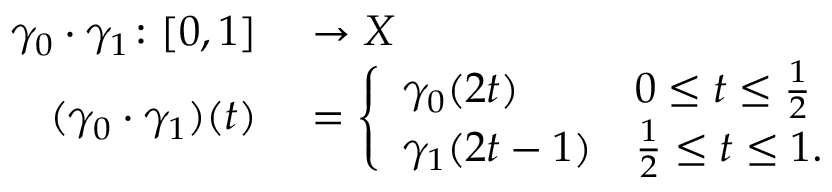
\begin{array} { r l } { \gamma _ { 0 } \cdot \gamma _ { 1 } \colon [ 0 , 1 ] } & { { } \to X } \\ { ( \gamma _ { 0 } \cdot \gamma _ { 1 } ) ( t ) } & { { } = { \left\{ \begin{array} { l l } { \gamma _ { 0 } ( 2 t ) } & { 0 \leq t \leq { \frac { 1 } { 2 } } } \\ { \gamma _ { 1 } ( 2 t - 1 ) } & { { \frac { 1 } { 2 } } \leq t \leq 1 . } \end{array} \right. } } \end{array}